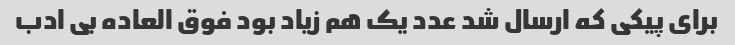
برای پیکی که ارسال شد عدد یک هم زیاد بود فوق العاده بی ادب